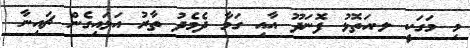
މި މަގަކީ ލ.އަތޮޅު ފޮނަދޫ އާއި ގަމާ ދެމެދު ތާރު އަޅައިގެން ޗައިނާ